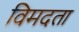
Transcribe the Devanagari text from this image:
विमदता